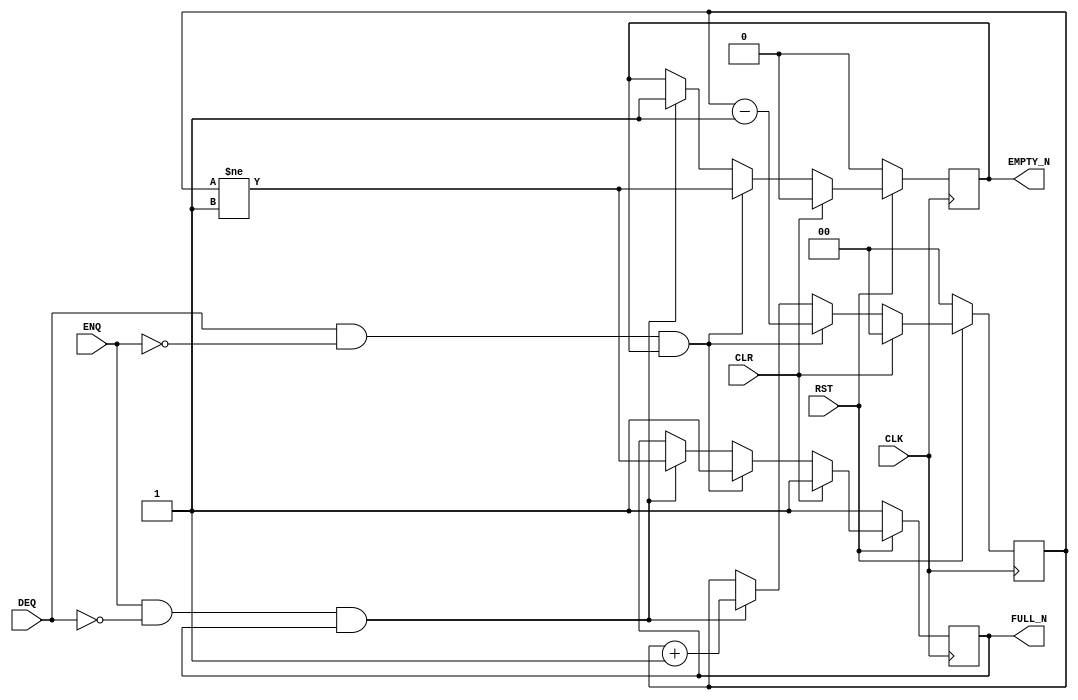
/*
    SPDX-License-Identifier: BSD-3-Clause

    SPDX-FileCopyrightText: Copyright (c) 2020 Bluespec, Inc. All rights reserved.
*/

`ifdef BSV_ASSIGNMENT_DELAY
`else
  `define BSV_ASSIGNMENT_DELAY
`endif

`ifdef BSV_POSITIVE_RESET
  `define BSV_RESET_VALUE 1'b1
  `define BSV_RESET_EDGE posedge
`else
  `define BSV_RESET_VALUE 1'b0
  `define BSV_RESET_EDGE negedge
`endif

`ifdef BSV_ASYNC_RESET
 `define BSV_ARESET_EDGE_META or `BSV_RESET_EDGE RST
`else
 `define BSV_ARESET_EDGE_META
`endif


// Depth N FIFO (N > 1)
module SizedFIFO0(CLK, RST, ENQ, FULL_N, DEQ, EMPTY_N, CLR);
   parameter p1depth = 2;
   parameter p2cntr_width = 2; // log2(p1depth+1)
   parameter guarded = 1'b1;

   localparam truedepth = (p1depth >= 2) ? p1depth : 2;

   input     CLK;
   input     RST;
   input     CLR;
   input     ENQ;
   input     DEQ;
   output    FULL_N;
   output    EMPTY_N;

   reg       not_full;
   reg       not_empty;
   reg [p2cntr_width-1 : 0] count;

   assign                 EMPTY_N = not_empty;
   assign                 FULL_N = not_full;

`ifdef BSV_NO_INITIAL_BLOCKS
`else // not BSV_NO_INITIAL_BLOCKS
   // synopsys translate_off
   initial
     begin
        count      = 0 ;
        not_empty  = 1'b0;
        not_full   = 1'b1;
     end // initial begin
   // synopsys translate_on
`endif // BSV_NO_INITIAL_BLOCKS


   always @(posedge CLK `BSV_ARESET_EDGE_META)
     begin
        if (RST == `BSV_RESET_VALUE)
          begin
             count <= `BSV_ASSIGNMENT_DELAY 0 ;
             not_empty <= `BSV_ASSIGNMENT_DELAY 1'b0;
             not_full <= `BSV_ASSIGNMENT_DELAY 1'b1;
          end // if (RST == `BSV_RESET_VALUE)
        else
           begin
              if (CLR)
                begin
                   count <= `BSV_ASSIGNMENT_DELAY 0 ;
                   not_empty <= `BSV_ASSIGNMENT_DELAY 1'b0;
                   not_full <= `BSV_ASSIGNMENT_DELAY 1'b1;
                end // if (CLR)
              else begin
                 if (DEQ && ! ENQ && not_empty )
                   begin
                      not_full <= `BSV_ASSIGNMENT_DELAY 1'b1;
                      not_empty <= `BSV_ASSIGNMENT_DELAY  count != 'b01  ;
                      count <= `BSV_ASSIGNMENT_DELAY count - 1'b1 ;
                   end // if (DEQ && ! ENQ && not_empty )
                 else if (ENQ && ! DEQ && not_full )
                   begin
                      not_empty <= `BSV_ASSIGNMENT_DELAY 1'b1;
                      not_full <= `BSV_ASSIGNMENT_DELAY count != (truedepth - 1) ;
                      count <= `BSV_ASSIGNMENT_DELAY count + 1'b1 ;
                   end // if (ENQ && ! DEQ && not_full )
              end // else: !if(CLR)
           end // else: !if(RST == `BSV_RESET_VALUE)
     end // always @ (posedge CLK or `BSV_RESET_EDGE RST)

      // synopsys translate_off
   always@(posedge CLK)
     begin: error_checks
        reg deqerror, enqerror ;

        deqerror =  0;
        enqerror = 0;
        if (RST == ! `BSV_RESET_VALUE)
           begin
              if ( ! EMPTY_N && DEQ )
                begin
                   deqerror = 1 ;
                   $display( "Warning: SizedFIFO0: %m -- Dequeuing from empty fifo" ) ;
                end
              if ( ! FULL_N && ENQ && (!DEQ || guarded) )
                begin
                   enqerror =  1 ;
                   $display( "Warning: SizedFIFO0: %m -- Enqueuing to a full fifo" ) ;
                end
           end // if (RST == ! `BSV_RESET_VALUE)
     end // block: error_checks
   // synopsys translate_on

endmodule // SizedFIFO0